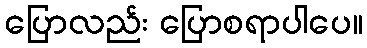
ပြောလည်း ပြောစရာပါပေ။